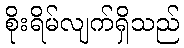
စိုးရိမ်လျက်ရှိသည်